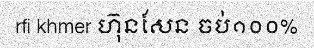
rfi khmer ហ៊ុនសែន ចប់១០០%